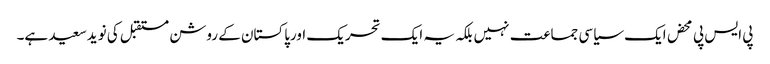
پی ایس پی محض ایک سیاسی جماعت نہیں بلکہ یہ ایک تحریک اورپاکستان کے روشن مستقبل کی نویدسعید ہے۔